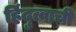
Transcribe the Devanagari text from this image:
हिंदुत्वाची